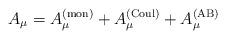
LaTeX: \begin{align*}A_\mu =A_\mu ^{({\rm mon})}+A_\mu ^{({\rm Coul})}+A_\mu ^{({\rm AB})}\end{align*}